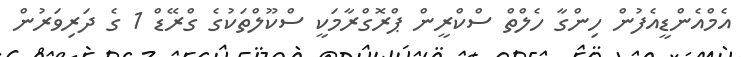
އެމްއެންޑީއެފުން ހިންގާ ހެލްތް ސްކްރީން ޕްރޮގްރާމަކީ ސްކޫލްތަކުގެ ގްރޭޑް 1 ގެ ދަރިވަރުން